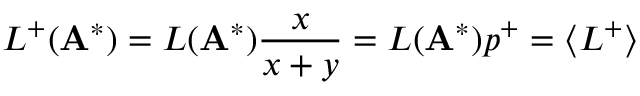
L ^ { + } ( \mathbf { A } ^ { * } ) = L ( \mathbf { A } ^ { * } ) \frac { x } { x + y } = L ( \mathbf { A } ^ { * } ) p ^ { + } = \langle L ^ { + } \rangle